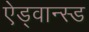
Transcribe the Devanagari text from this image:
ऐड्वान्स्ड